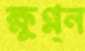
ক্ষুণ্ন্ন